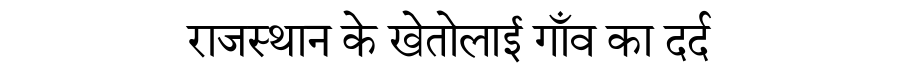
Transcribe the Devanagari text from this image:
राजस्थान के खेतोलाई गाँव का दर्द